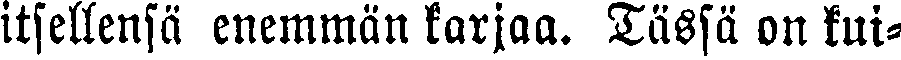
itsellensä enemmän karjaa. Tässä on kui-